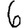
Digit: 6